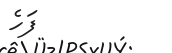
ފަހެ